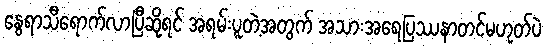
နွေရာသီရောက်လာပြီဆိုရင် အရမ်းပူတဲ့အတွက် အသားအရေပြဿနာတင်မဟုတ်ပဲ